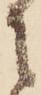
に